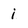
Character: i